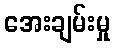
အေးချမ်းမှု